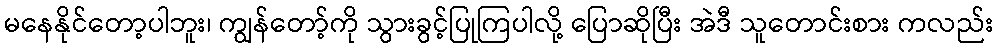
မနေနိုင်တော့ပါဘူး၊ ကျွန်တော့်ကို သွားခွင့်ပြုကြပါလို့ ပြောဆိုပြီး အဲဒီ သူတောင်းစား ကလည်း